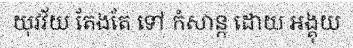
យុវវ័យ តែងតែ ទៅ កំសាន្ត ដោយ អង្គុយ